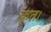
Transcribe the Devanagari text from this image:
कृत।